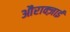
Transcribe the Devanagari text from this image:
औराक्ज़ाई